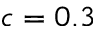
c = 0 . 3